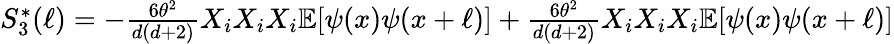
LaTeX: \begin{array}{r}{S_{3}^{*}(\ell)=-\frac{6\theta^{2}}{d(d+2)}X_{i}X_{i}X_{i}\mathbb{E}[\psi(x)\psi(x+\ell)]+\frac{6\theta^{2}}{d(d+2)}X_{i}X_{i}X_{i}\mathbb{E}[\psi(x)\psi(x+\ell)]}\end{array}